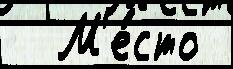
  М'е́сто